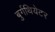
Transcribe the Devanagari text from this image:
बुर्गथियेटर